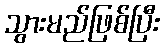
သွားမည်ဖြစ်ပြီး